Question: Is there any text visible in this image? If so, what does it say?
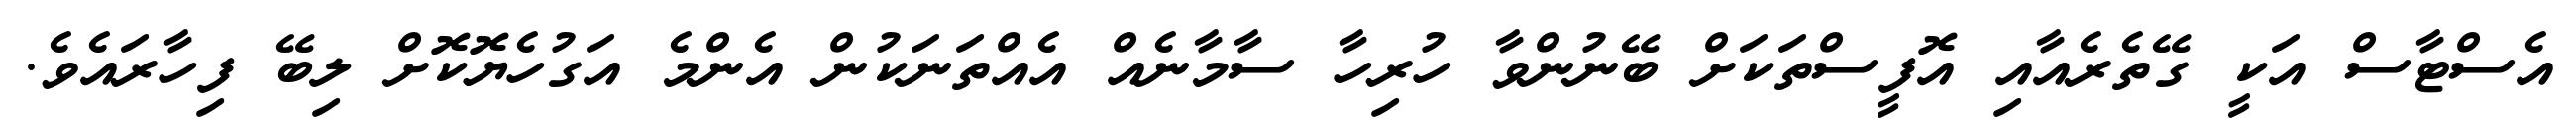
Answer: އެސްޓާސް އަކީ ގޭތެރެއާއި އޮފީސްތަކަށް ބޭނުންވާ ހުރިހާ ސާމާނެއް އެއްތަނަކުން އެންމެ އަގުހެޔޮކޮށް ލިބޭ ފިހާރައެވެ.